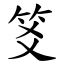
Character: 笅